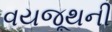
વયજૂથની